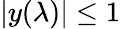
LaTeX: |y(\lambda)|\le 1